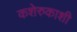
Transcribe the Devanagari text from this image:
कशेरुकाशी